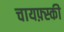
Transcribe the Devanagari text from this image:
चायफ़्स्की